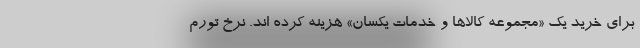
برای خرید یک «مجموعه کالاها و خدمات یکسان» هزینه کرده ­اند. نرخ تورم